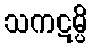
သကဋမ္ပိ